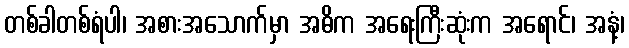
တစ်ခါတစ်ရံပါ၊ အစားအသောက်မှာ အဓိက အရေးကြီးဆုံးက အရောင်၊ အနံ့၊